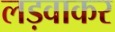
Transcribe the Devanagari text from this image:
लड़वाकर